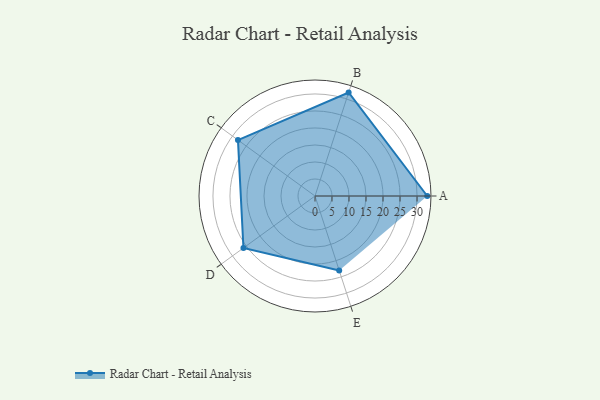
{"axis": {"x": "Skill", "y": "Score"}, "legend": ["Profile"], "data": [{"x": "A", "y": 33.0, "type": "Profile"}, {"x": "B", "y": 32.0, "type": "Profile"}, {"x": "C", "y": 28.0, "type": "Profile"}, {"x": "D", "y": 26.0, "type": "Profile"}, {"x": "E", "y": 23.0, "type": "Profile"}]}